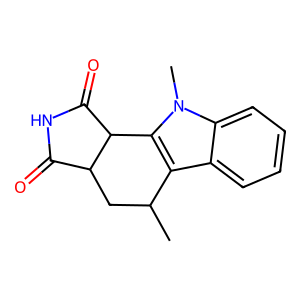
SMILES: CC1CC2C(=O)NC(=O)C2c2c1c1ccccc1n2C
Inhibits HIV replication: No